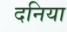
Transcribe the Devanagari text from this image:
दनिया